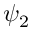
\psi _ { 2 }